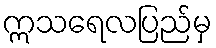
ဣသရေလပြည်မှ